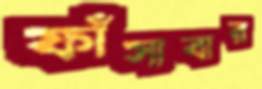
ফাঁসাবার